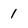
Character: 1